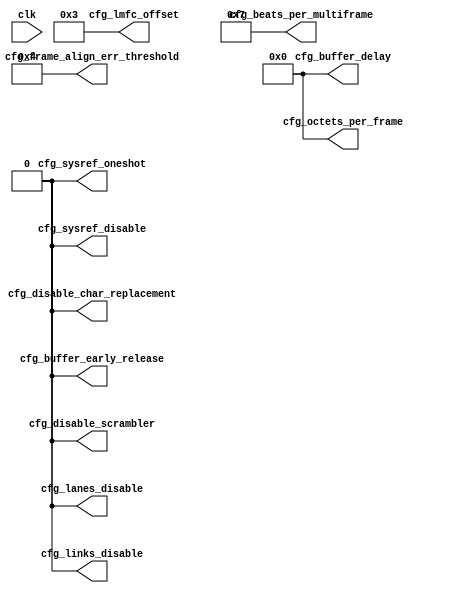
//
// The ADI JESD204 Core is released under the following license, which is
// different than all other HDL cores in this repository.
//
// Please read this, and understand the freedoms and responsibilities you have
// by using this source code/core.
//
// The JESD204 HDL, is copyright  2016-2017 Analog Devices Inc.
//
// This core is free software, you can use run, copy, study, change, ask
// questions about and improve this core. Distribution of source, or resulting
// binaries (including those inside an FPGA or ASIC) require you to release the
// source of the entire project (excluding the system libraries provide by the
// tools/compiler/FPGA vendor). These are the terms of the GNU General Public
// License version 2 as published by the Free Software Foundation.
//
// This core  is distributed in the hope that it will be useful, but WITHOUT ANY
// WARRANTY; without even the implied warranty of MERCHANTABILITY or FITNESS FOR
// A PARTICULAR PURPOSE. See the GNU General Public License for more details.
//
// You should have received a copy of the GNU General Public License version 2
// along with this source code, and binary.  If not, see
// <http://www.gnu.org/licenses/>.
//
// Commercial licenses (with commercial support) of this JESD204 core are also
// available under terms different than the General Public License. (e.g. they
// do not require you to accompany any image (FPGA or ASIC) using the JESD204
// core with any corresponding source code.) For these alternate terms you must
// purchase a license from Analog Devices Technology Licensing Office. Users
// interested in such a license should contact jesd204-licensing@analog.com for
// more information. This commercial license is sub-licensable (if you purchase
// chips from Analog Devices, incorporate them into your PCB level product, and
// purchase a JESD204 license, end users of your product will also have a
// license to use this core in a commercial setting without releasing their
// source code).
//
// In addition, we kindly ask you to acknowledge ADI in any program, application
// or publication in which you use this JESD204 HDL core. (You are not required
// to do so; it is up to your common sense to decide whether you want to comply
// with this request or not.) For general publications, we suggest referencing :
// The design and implementation of the JESD204 HDL Core used in this project
// is copyright  2016-2017, Analog Devices, Inc.
//

`timescale 1ns/100ps

module jesd204_rx_static_config #(
  parameter NUM_LANES = 1,
  parameter NUM_LINKS = 1,
  parameter OCTETS_PER_FRAME = 1,
  parameter FRAMES_PER_MULTIFRAME = 32,
  parameter SCR = 1,
  parameter BUFFER_EARLY_RELEASE = 0,
  parameter LINK_MODE = 1 // 2 - 64B/66B;  1 - 8B/10B
) (
  input clk,

  output [NUM_LANES-1:0] cfg_lanes_disable,
  output [NUM_LINKS-1:0] cfg_links_disable,
  output [7:0] cfg_beats_per_multiframe,
  output [7:0] cfg_octets_per_frame,
  output [7:0] cfg_lmfc_offset,
  output cfg_sysref_oneshot,
  output cfg_sysref_disable,

  output [7:0] cfg_buffer_delay,
  output cfg_buffer_early_release,
  output cfg_disable_scrambler,
  output cfg_disable_char_replacement,
  output [7:0] cfg_frame_align_err_threshold
);

/* Only 4 is supported at the moment for 8b/10b and 8 for 64b */
localparam DATA_PATH_WIDTH = LINK_MODE == 2 ? 8 : 4;

assign cfg_beats_per_multiframe = (FRAMES_PER_MULTIFRAME * OCTETS_PER_FRAME / DATA_PATH_WIDTH) - 1;
assign cfg_octets_per_frame = OCTETS_PER_FRAME - 1;
assign cfg_lmfc_offset = 3;
assign cfg_sysref_oneshot = 1'b0;
assign cfg_sysref_disable = 1'b0;
assign cfg_buffer_delay = 'h0;
assign cfg_buffer_early_release = BUFFER_EARLY_RELEASE;
assign cfg_lanes_disable = {NUM_LANES{1'b0}};
assign cfg_links_disable = {NUM_LINKS{1'b0}};
assign cfg_disable_scrambler = SCR ? 1'b0 : 1'b1;
assign cfg_disable_char_replacement = cfg_disable_scrambler;
assign cfg_frame_align_err_threshold = 8'd4;

endmodule